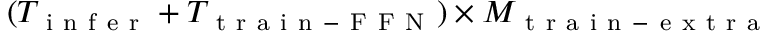
( T _ { \mathrm { ~ i ~ n ~ f ~ e ~ r ~ } } + T _ { \mathrm { ~ t ~ r ~ a ~ i ~ n ~ - ~ F ~ F ~ N ~ } } ) \times M _ { \mathrm { ~ t ~ r ~ a ~ i ~ n ~ - ~ e ~ x ~ t ~ r ~ a ~ } }